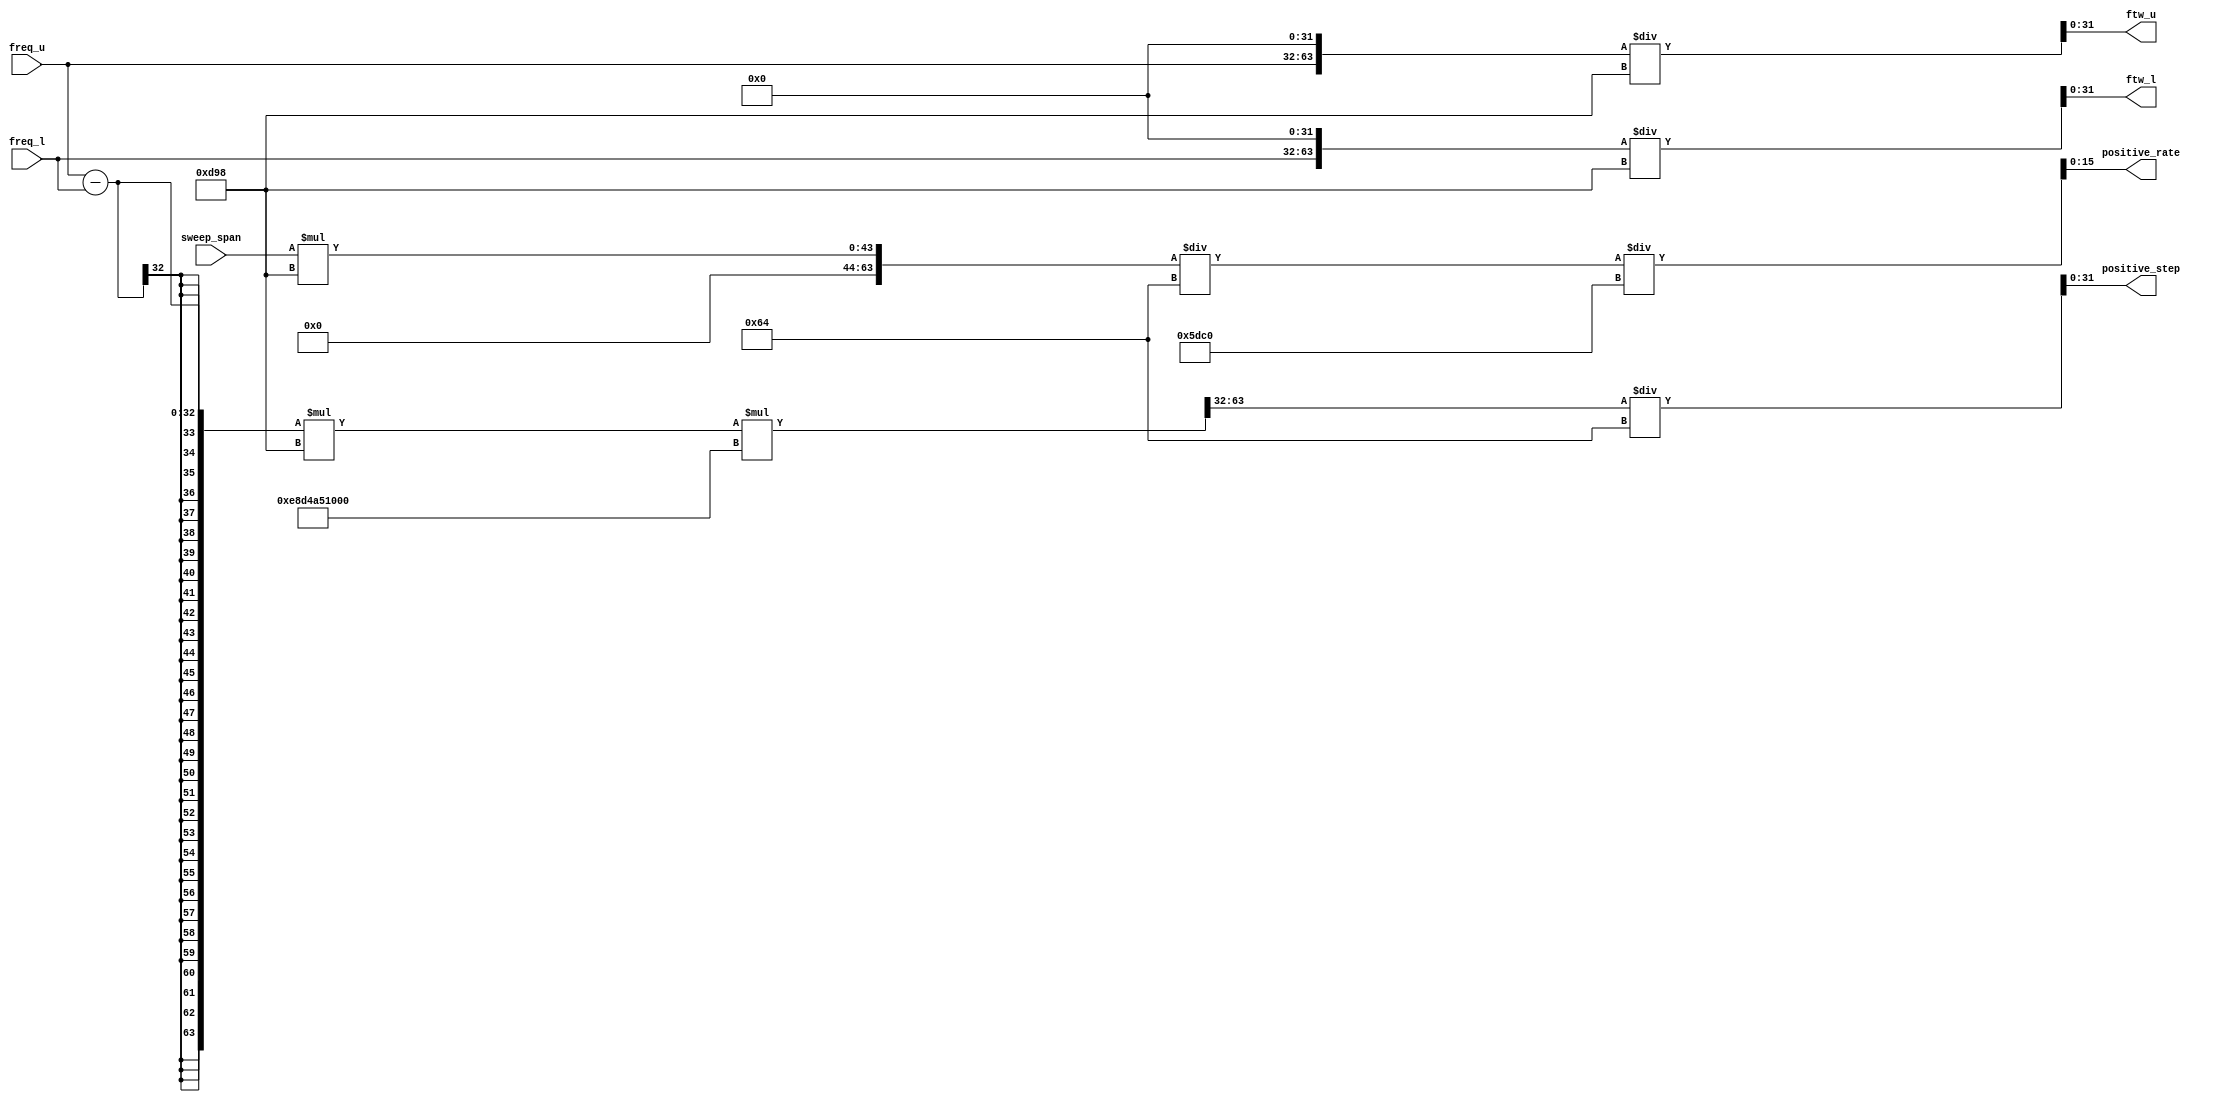
`timescale 1ns / 1ps
//////////////////////////////////////////////////////////////////////////////////
// Company: 
// Engineer: 
// 
// Design Name: 
// Module Name:    workflow 
// Project Name: 
// Target Devices: 
// Tool versions: 
// Description: 
//
// Dependencies: 
//
// Revision: 
// Revision 0.01 - File Created
// Additional Comments: 
//
//////////////////////////////////////////////////////////////////////////////////
module SweepParamCalc
#(
    parameter AD9914_REF_FREQ = 3480,//MHzAD9914
    parameter SWEEP_STEP_NUM = 100
)
(
    input [31:0] freq_l,//MHz
    input [31:0] freq_u,//MHz
    //input [31:0] freq_step,//KHz
    input [31:0] sweep_span,//ns

    output [31:0] ftw_l,//FTW
    output [31:0] ftw_u,//FTW
    output [31:0] positive_step,//
	output [15:0] positive_rate//
);

    //calc ftw
    wire [63:0] ftw_l_temp1;
    wire [63:0] ftw_l_temp2;
    assign ftw_l_temp1 = freq_l;
    assign ftw_l_temp2 = (ftw_l_temp1 << 32);
    assign ftw_l = ftw_l_temp2 / AD9914_REF_FREQ;

    wire [63:0] ftw_u_temp1;
    wire [63:0] ftw_u_temp2;
    assign ftw_u_temp1 = freq_u;
    assign ftw_u_temp2 = (ftw_u_temp1 << 32);
    assign ftw_u = ftw_u_temp2 / AD9914_REF_FREQ;

    //calc sweep step
    wire [63:0] step_temp1;
    wire [63:0] step_temp2;
    wire [63:0] step_temp3;
    wire [63:0] step_temp4;
    assign step_temp1 = freq_u - freq_l/* freq_step */;
    assign step_temp2 = step_temp1 * AD9914_REF_FREQ;
    assign step_temp3 = step_temp2 * 1000000000000;
    assign step_temp4 = step_temp3 >> 32;
    assign positive_step = step_temp4 / SWEEP_STEP_NUM;

    //calc sweep rate
    // wire [63:0] sweep_step_count_temp1;
    // wire [63:0] sweep_step_count_temp2;
    // wire [63:0] sweep_step_count;
    // wire [63:0] sweep_range;
    // assign sweep_range = freq_u - freq_l;
    // assign sweep_step_count_temp1 = sweep_range * 1000;
    // assign sweep_step_count_temp2 = sweep_step_count_temp1 / freq_step;
    // assign sweep_step_count = sweep_step_count_temp2 + 1;

    wire [63:0] rate_temp1;
    wire [63:0] rate_temp2;
    wire [63:0] delta_t;
    assign rate_temp1 = sweep_span;
    assign rate_temp2 =  rate_temp1 * AD9914_REF_FREQ;
    assign delta_t = rate_temp2 / SWEEP_STEP_NUM/* sweep_step_count */;
    assign positive_rate = delta_t / 24000;

    

endmodule